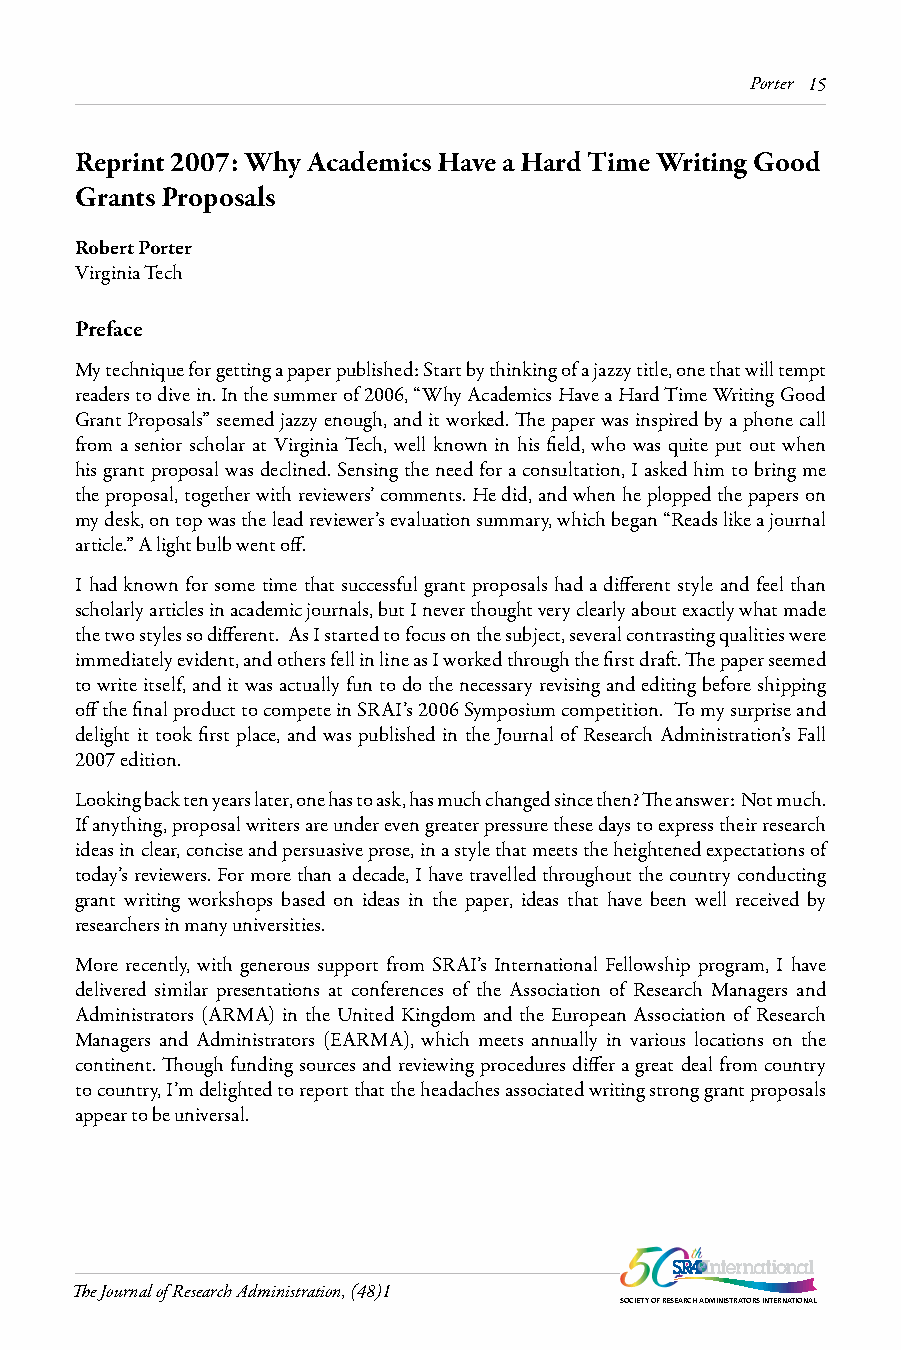
Porter 15
 Reprint 2007: Why Academics Have a Hard Time Writing Good
 Grants Proposals
 Robert Porter
 Virginia Tech
 Preface
 My technique for getting a paper published: Start by thinking of a jazzy title, one that will tempt
 readers to dive in. In the summer of 2006, “Why Academics Have a Hard Time Writing Good
 Grant Proposals” seemed jazzy enough, and it worked. The paper was inspired by a phone call
 from a senior scholar at Virginia Tech, well known in his field, who was quite put out when
 his grant proposal was declined. Sensing the need for a consultation, I asked him to bring me
 the proposal, together with reviewers’ comments. He did, and when he plopped the papers on
 my desk, on top was the lead reviewer’s evaluation summary, which began “Reads like a journal
 article.” A light bulb went off.
 I had known for some time that successful grant proposals had a different style and feel than
 scholarly articles in academic journals, but I never thought very clearly about exactly what made
 the two styles so different. As I started to focus on the subject, several contrasting qualities were
 immediately evident, and others fell in line as I worked through the first draft. The paper seemed
 to write itself, and it was actually fun to do the necessary revising and editing before shipping
 off the final product to compete in SRAI’s 2006 Symposium competition. To my surprise and
 delight it took first place, and was published in the Journal of Research Administration’s Fall
 2007 edition.
 Looking back ten years later, one has to ask, has much changed since then? The answer: Not much.
 If anything, proposal writers are under even greater pressure these days to express their research
 ideas in clear, concise and persuasive prose, in a style that meets the heightened expectations of
 today’s reviewers. For more than a decade, I have travelled throughout the country conducting
 grant writing workshops based on ideas in the paper, ideas that have been well received by
 researchers in many universities.
 More recently, with generous support from SRAI’s International Fellowship program, I have
 delivered similar presentations at conferences of the Association of Research Managers and
 Administrators (ARMA) in the United Kingdom and the European Association of Research
 Managers and Administrators (EARMA), which meets annually in various locations on the
 continent. Though funding sources and reviewing procedures differ a great deal from country
 to country, I’m delighted to report that the headaches associated writing strong grant proposals
 appear to be universal.
 The Journal of Research Administration, (48)1
 SOCIETY OF RESEARCH ADMINISTRATORS INTERNATIONAL